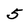
Character: 5